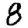
Digit: 8